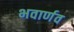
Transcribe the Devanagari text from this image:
भवार्णव